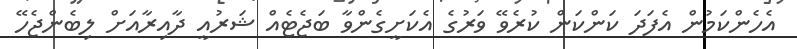
އެހެންކަމުން އެފަދަ ކަންކަން ކުރެވޭ ވަރުގެ އެކަށީގެންވާ ބަޖެޓެއް ޝަރުއީ ދާއިރާއަށް ލިބެންޖެހޭ